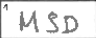
Transcription: MSD